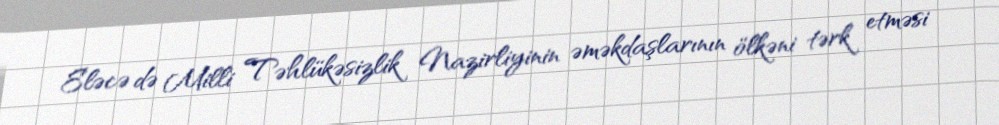
Eləcə də Milli Təhlükəsizlik Nazirliyinin əməkdaşlarının ölkəni tərk etməsi